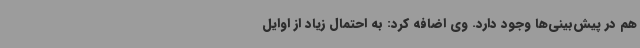
هم در پیش‌بینی‌ها وجود دارد. وی اضافه کرد: به احتمال زیاد از اوایل